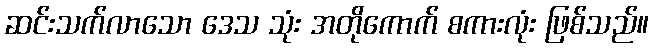
ဆင်းသက်လာသော ဒေသ သုံး အတိုကောက် စကားလုံး ဖြစ်သည်။